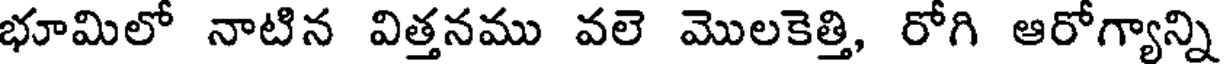
భూమిలో నాటిన విత్తనము వలె మొలకెత్తి, రోగి ఆరోగ్యాన్ని